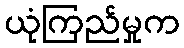
ယုံကြည်မှုက